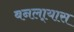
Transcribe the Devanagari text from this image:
बनला्यास